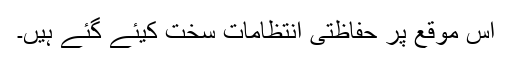
اس موقع پر حفاظتی انتظامات سخت کیئے گئے ہیں۔